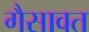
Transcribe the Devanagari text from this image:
गैसावत